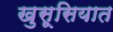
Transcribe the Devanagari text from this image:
खुसूसियात